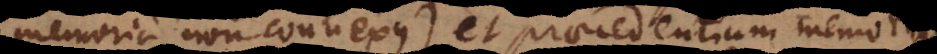
memoria non connexus), et praecedentium memoria